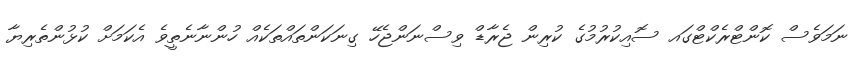
ނަމަވެސް ކޮންޓްރެކްޓްގައ ސޮއިކުރުމުގެ ކުރިން ޖެރާޑް ވިސްނަންޖެހޭ ގިނަކަންތައްތަކެއް ހުންނާނެތީވެ އެކަމަށް ކުޅުންތެރިޔާ